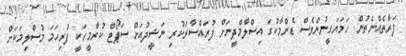
ފަރާތެއްނެތުން. ހަމަޔަގީނުންވެސް ޑެންމާކުގަ އިސްލާމްދީނަށް ފުރައްސާރަކުރި ނަޝީދުއަށް ސަޕޯޓް ކުރާމީހަކީ ފުރިހަަމަ މުސްލިމަކަށް